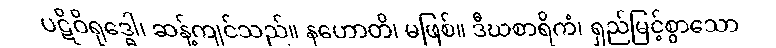
ပဋိဝိရုဒ္ဓေါ၊ ဆန့်ကျင်သည်။ နဟောတိ၊ မဖြစ်။ ဒီဃစာရိကံ၊ ရှည်မြင့်စွာသော